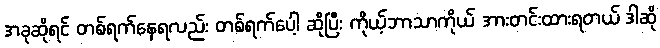
အခုဆိုရင် တစ်ရက်နေရလည်း တစ်ရက်ပေါ့ ဆိုပြီး ကိုယ့်ဘာသာကိုယ် အားတင်းထားရတယ် ဒါဆို